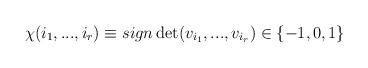
LaTeX: \begin{align*}\chi (i_{1},...,i_{r})\equiv sign\det (v_{i_{1}},...,v_{i_{r}})\in \{-1,0,1\}\end{align*}